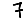
Digit: 7